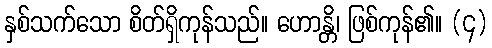
နှစ်သက်သော စိတ်ရှိကုန်သည်။ ဟောန္တိ၊ ဖြစ်ကုန်၏။ (၄)